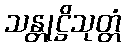
သန္တုဋ္ဌိသုတ္တံ